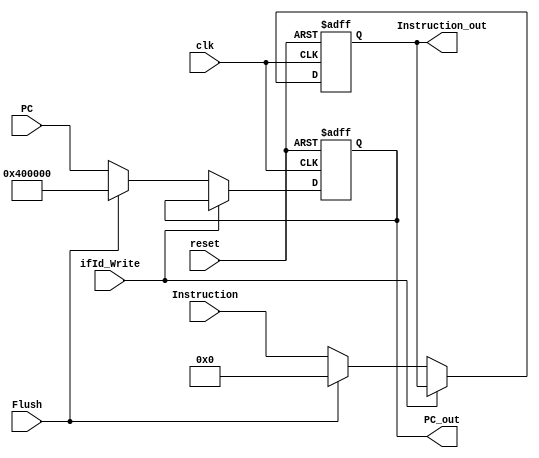

module Register_IF_ID

(
	/* ---------------------- INPUTS ----------------------*/
	input clk,
	input reset,
	
	input [31:0] Instruction,
	input [31:0] PC,
	input			 Flush,
	input			 ifId_Write,
	
	/* ---------------------- OUTPUTS ----------------------*/
	output reg [31:0] Instruction_out, 
	output reg [31:0] PC_out
);

always@(negedge reset or posedge clk) begin
	if(reset==0)
		begin
		PC_out <= 32'h0040_0000;
		Instruction_out <= 0;
		end
	else if(!ifId_Write)
			begin
				if(Flush)
					begin
						PC_out <= 32'h0040_0000;
						Instruction_out <= 0;
					end
				else
					begin
						PC_out <= PC;
						Instruction_out <= Instruction;
					end
	end		
		
end
endmodule